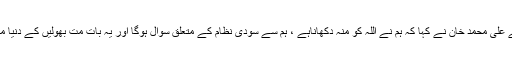
جیونیوز کے پروگرام ”کیپٹل ٹاک“میں گفتگو کرتے ہوئے علی محمد خان نے کہا کہ ہم نے اللہ کو منہ دکھاناہے ، ہم سے سودی نظام کے متعلق سوال ہوگا اور یہ بات مت بھولیں کے دنیا میںغلط کام کرنا آسان ہے اور صحیح کام کرنا مشکل ہے ۔